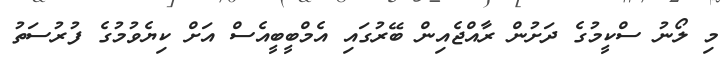
މި ލޯނު ސްކީމުގެ ދަށުން ރާއްޖެއިން ބޭރުގައި އެމްބީބީއެސް އަށް ކިޔެވުމުގެ ފުރުސަތު